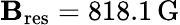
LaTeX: \mathbf{B}_{\mathrm{{res}}}=818.1\, \mathrm{{G}}